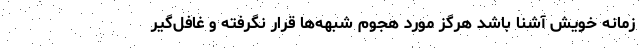
زمانه خویش آشنا باشد هرگز مورد هجوم شبهه‌ها قرار نگرفته و غافل‌گیر